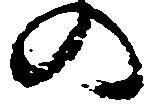
の